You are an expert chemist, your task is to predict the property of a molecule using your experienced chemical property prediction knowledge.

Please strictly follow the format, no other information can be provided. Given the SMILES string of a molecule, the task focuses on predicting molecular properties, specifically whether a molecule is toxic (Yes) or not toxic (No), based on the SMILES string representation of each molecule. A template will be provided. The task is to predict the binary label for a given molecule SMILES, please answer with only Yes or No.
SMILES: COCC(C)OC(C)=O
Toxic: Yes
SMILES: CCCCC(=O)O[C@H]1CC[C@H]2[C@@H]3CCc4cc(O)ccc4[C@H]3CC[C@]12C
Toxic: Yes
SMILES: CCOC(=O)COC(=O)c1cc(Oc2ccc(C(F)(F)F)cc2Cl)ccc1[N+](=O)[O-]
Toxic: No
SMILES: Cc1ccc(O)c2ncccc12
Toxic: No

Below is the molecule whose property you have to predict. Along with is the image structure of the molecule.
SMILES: Nc1ccccc1C(=O)Oc1ccc2ccccc2c1
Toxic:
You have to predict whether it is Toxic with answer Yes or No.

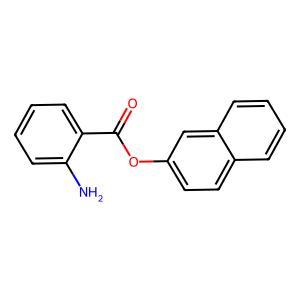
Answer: No